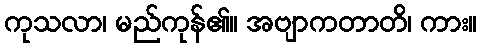
ကုသလာ၊ မည်ကုန်၏။ အဗျာကတာတိ၊ ကား။